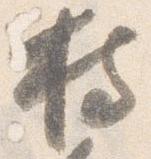
持